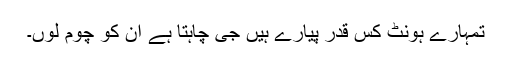
تمہارے ہونٹ کس قدر پیارے ہیں جی چاہتا ہے ان کو چوم لُوں۔